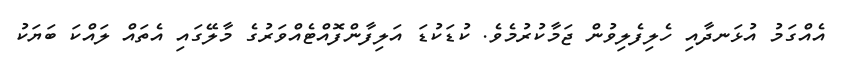
އެއްގަމު އުޅަނދާއި ހެލިފެލިވުން ޖަމާކުރުމެވެ. ކުޑަކުޑަ އަލިފާންފޮއްޓެއްވަރުގެ މާލޭގައި އެތައް ލައްކަ ބަޔަކު